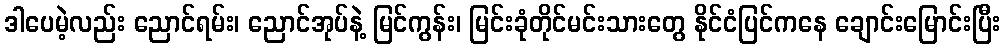
ဒါပေမဲ့လည်း ညောင်ရမ်း၊ ညောင်အုပ်နဲ့ မြင်ကွန်း၊ မြင်းခုံတိုင်မင်းသားတွေ နိုင်ငံပြင်ကနေ ချောင်းမြောင်းပြီး